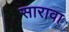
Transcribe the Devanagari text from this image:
सारावा